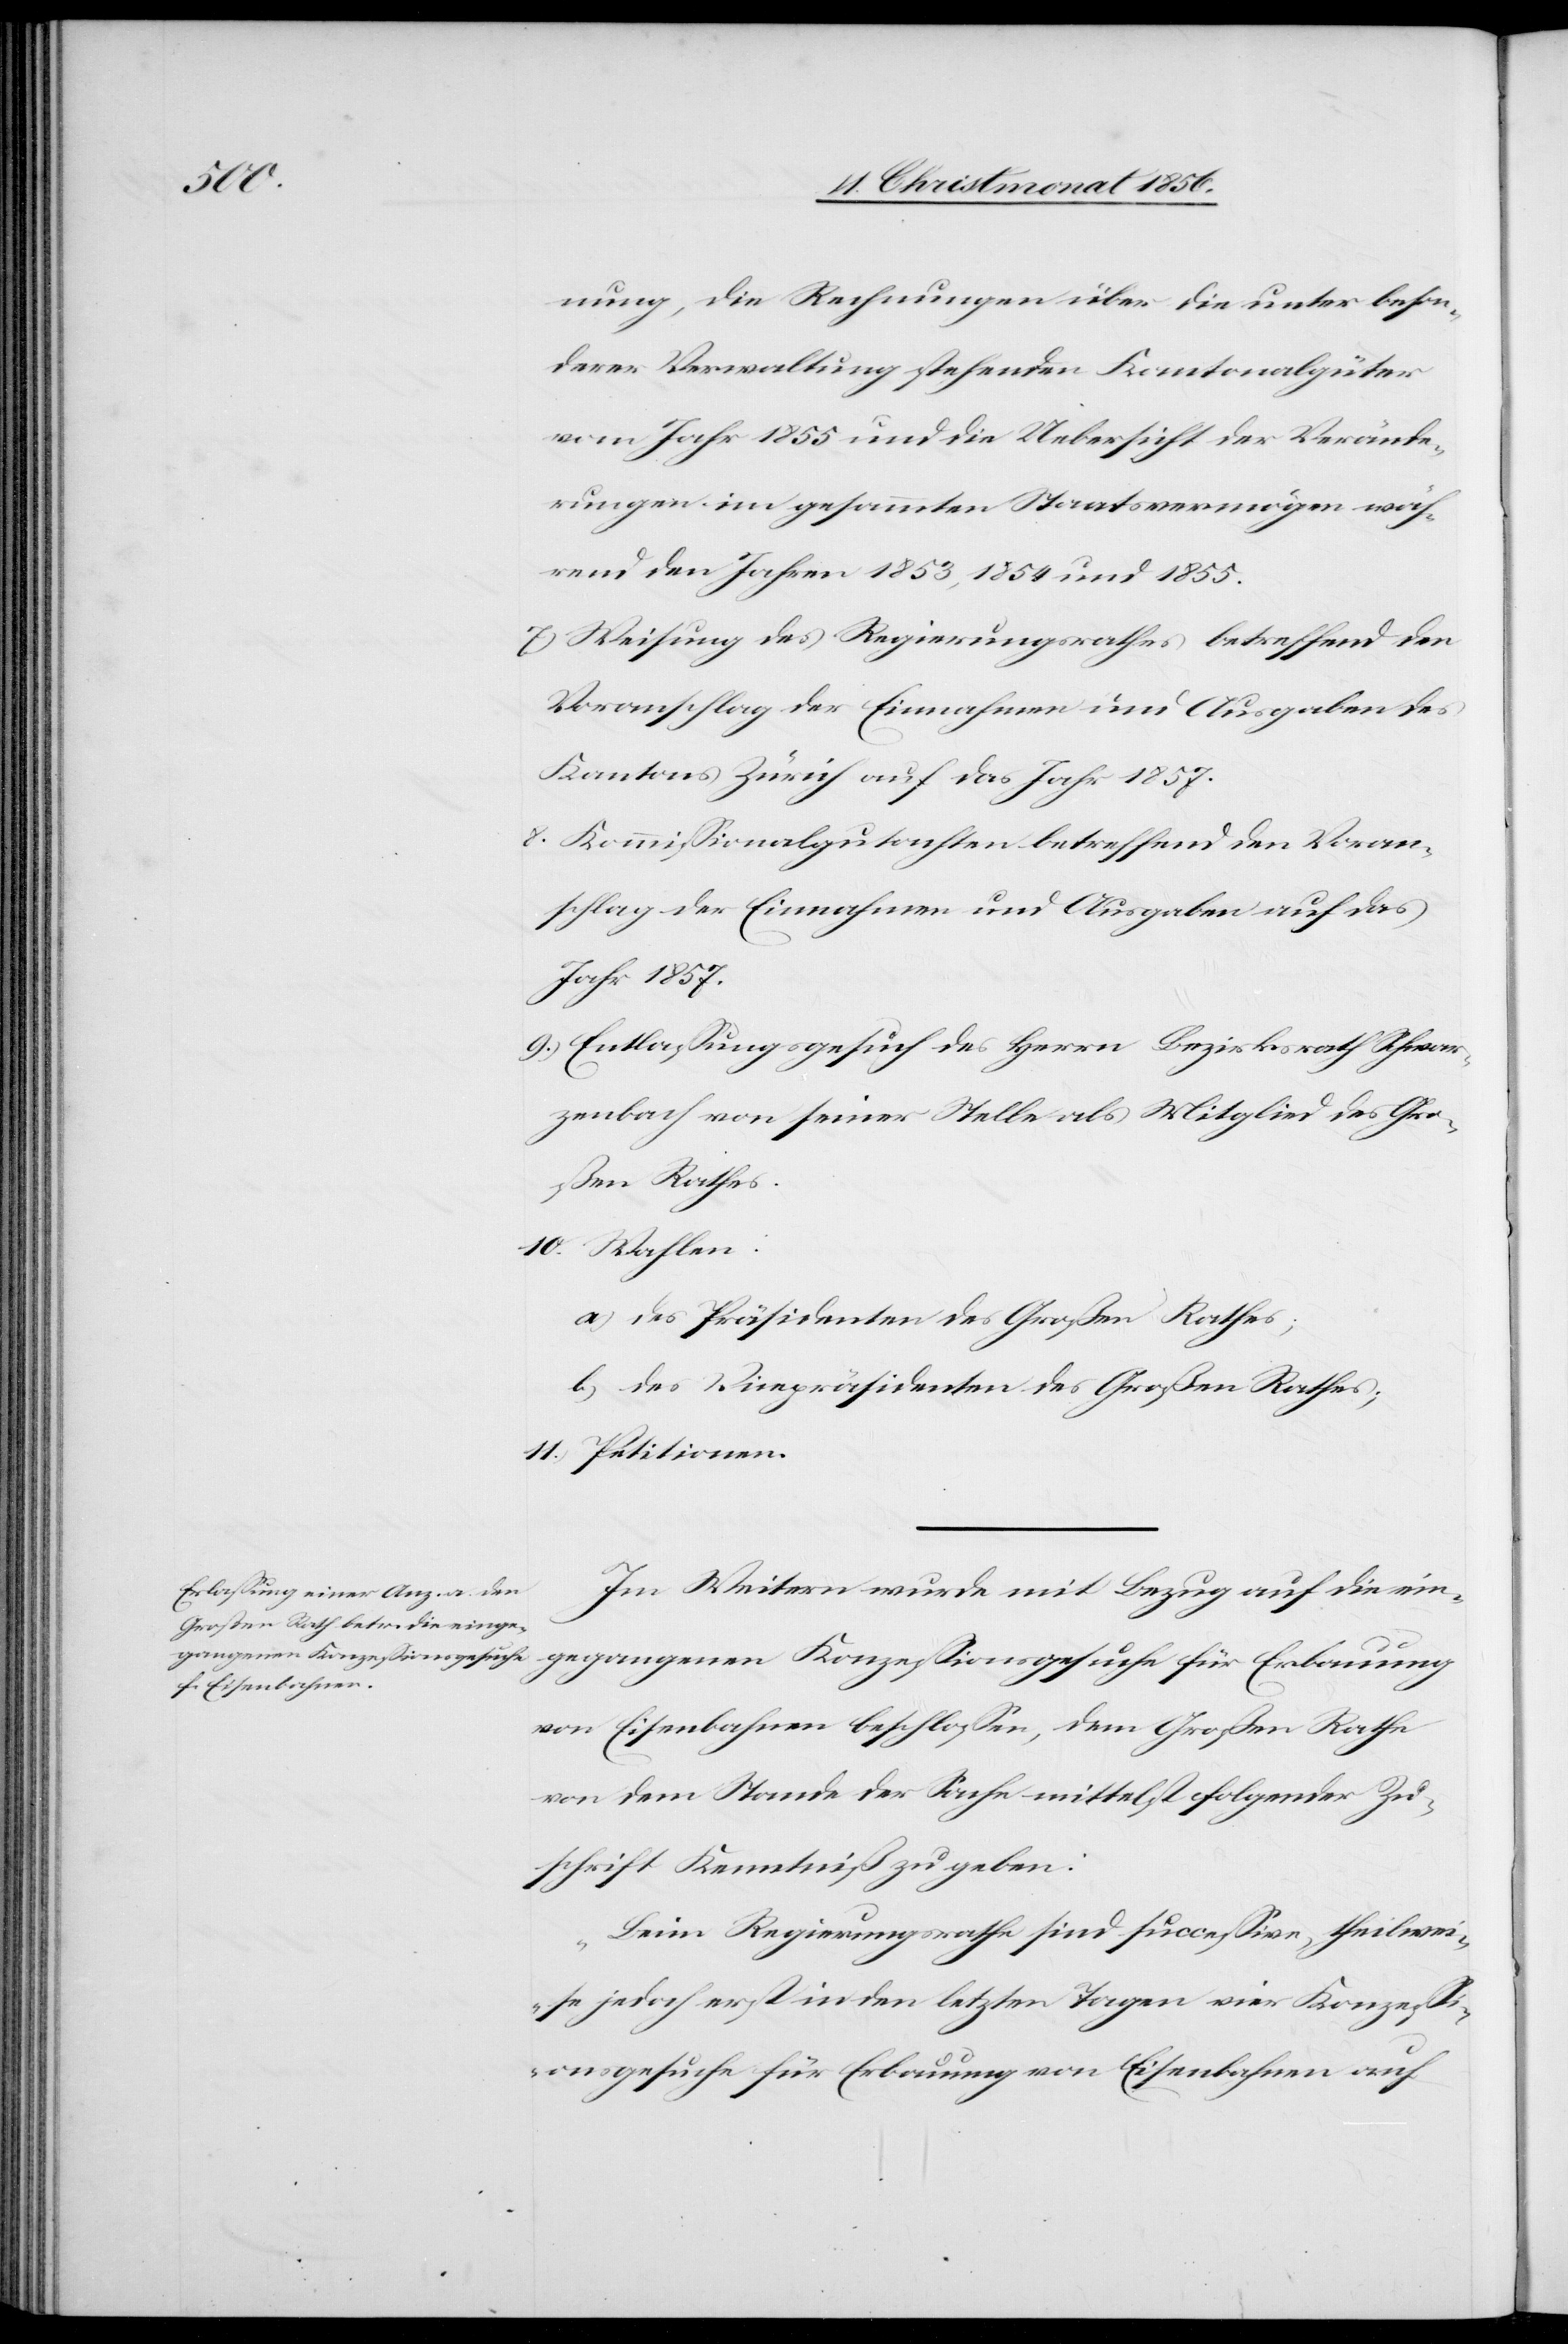
nung, die Rechnungen über die unter beson¬
derer Verwaltung stehenden Kantonalgüter
vom Jahr 1855 und die Uebersicht der Verände¬
rungen im gesammten Staatsvermögen wäh¬
rend den Jahren 1853, 1854 und 1855.
7.) Weisung des Regierungsrathes betreffend den
Voranschlag der Einnahmen und Ausgaben des
Kantons Zürich auf das Jahr 1857.
8.) Kommissionalgutachten betreffend den Voran¬
schlag der Einnahmen und Ausgaben auf das
Jahr 1857.
9.) Entlassungsgesuch des Herrn Bezirksrath Schwar¬
zenbach von seiner Stelle als Mitglied des Gro¬
ßen Rathes.
10.) Wahlen:
a) des Präsidenten des Großen Rathes;
b) des Vicepräsidenten des Großen Rathes;
11.) Petitionen.
Im Weitern wurde mit Bezug auf die ein¬
gegangenen Konzessionsgesuche für Erbauung
von Eisenbahnen beschlossen, dem Großen Rathe
von dem Stande der Sache mittelst folgender Zu¬
schrift Kenntniß zu geben:
„Beim Regierungsrathe sind successive, theilwei¬
se jedoch erst in den letzten Tagen vier Konzessi¬
onsgesuche für Erbauung von Eisenbahnen auf